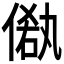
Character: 𠌁